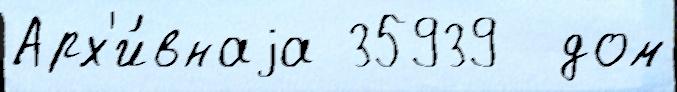
Арх'и́внаjа 35939  дом